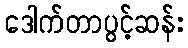
ဒေါက်တာပွင့်ဆန်း